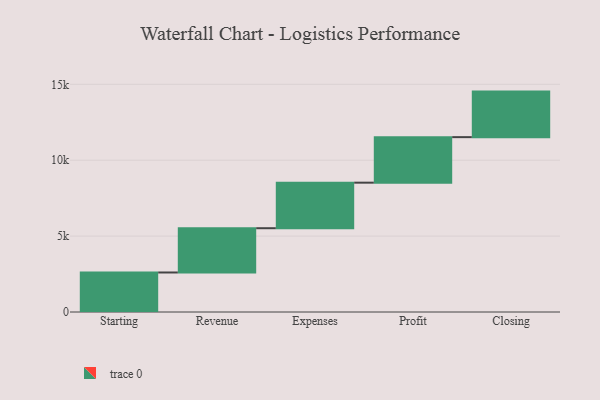
{"axis": {"x": "Step", "y": "Value"}, "legend": [""], "data": [{"x": "Starting", "y": 2603.0, "type": ""}, {"x": "Revenue", "y": 2917.0, "type": ""}, {"x": "Expenses", "y": 3000, "type": ""}, {"x": "Profit", "y": 3000, "type": ""}, {"x": "Closing", "y": 3000, "type": ""}]}